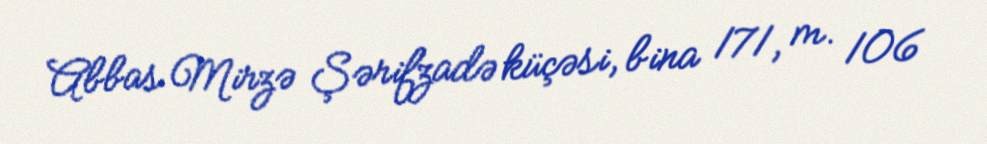
Abbas Mirzə Şərifzadə küçəsi, bina 171, m. 106